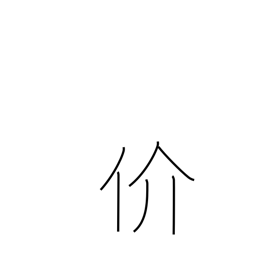
Meaning: man with shellfish kanji